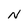
Character: N